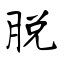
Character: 脱